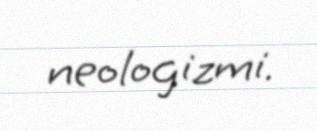
neologizmi.